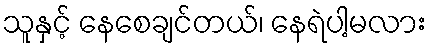
သူနှင့် နေစေချင်တယ်၊ နေရဲပါ့မလား